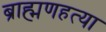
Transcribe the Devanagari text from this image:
ब्राह्मणहत्या